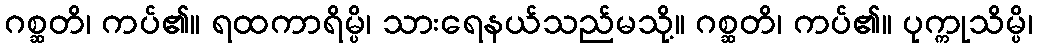
ဂစ္ဆတိ၊ ကပ်၏။ ရထကာရိမ္ပိ၊ သားရေနယ်သည်မသို့။ ဂစ္ဆတိ၊ ကပ်၏။ ပုက္ကုသိမ္ပိ၊